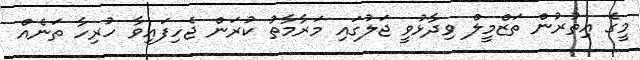
މީގެ އިތުރުން ތަޒްމީލް ވިދާޅުވީ ޖަލުގައި މަރާމާތު ކުރަން ޖެހިފައިވާ ހުރިހާ ތަނެއް